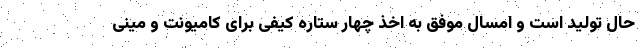
حال تولید است و امسال موفق به اخذ چهار ستاره کیفی برای کامیونت و مینی